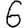
Digit: 6